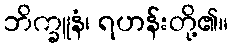
ဘိက္ခူနံ၊ ရဟန်းတို့၏။